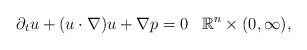
LaTeX: \begin{align*} \partial_{t} {u} + ({ u}\cdot \nabla) {u} +\nabla p =0 \, \, \, \, \, \mathbb{R}^{n} \times (0,\infty),\end{align*}